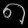
Digit: ၈